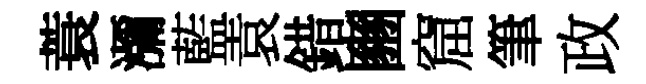
蓑瀰藍袁錯豳窟筆政